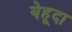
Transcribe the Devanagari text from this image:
येहूदा